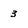
Character: 3